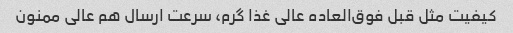
کیفیت مثل قبل فوق‌العاده عالی غذا گرم، سرعت ارسال هم عالی ممنون